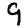
Digit: 9